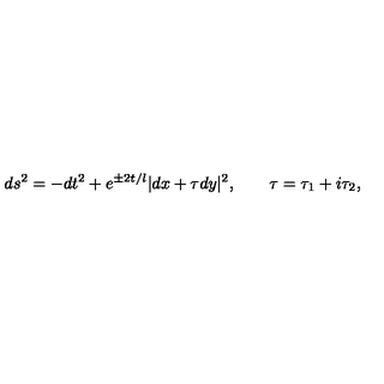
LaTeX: d s ^ { 2 } = - d t ^ { 2 } + e ^ { \pm 2 t / l } | d x + \tau d y | ^ { 2 } , \qquad \tau = \tau _ { 1 } + i \tau _ { 2 } ,